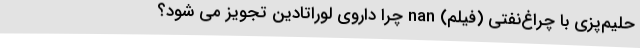
حلیم‌پزی با چراغ‌نفتی (فیلم) nan چرا داروی لوراتادین تجویز می شود؟